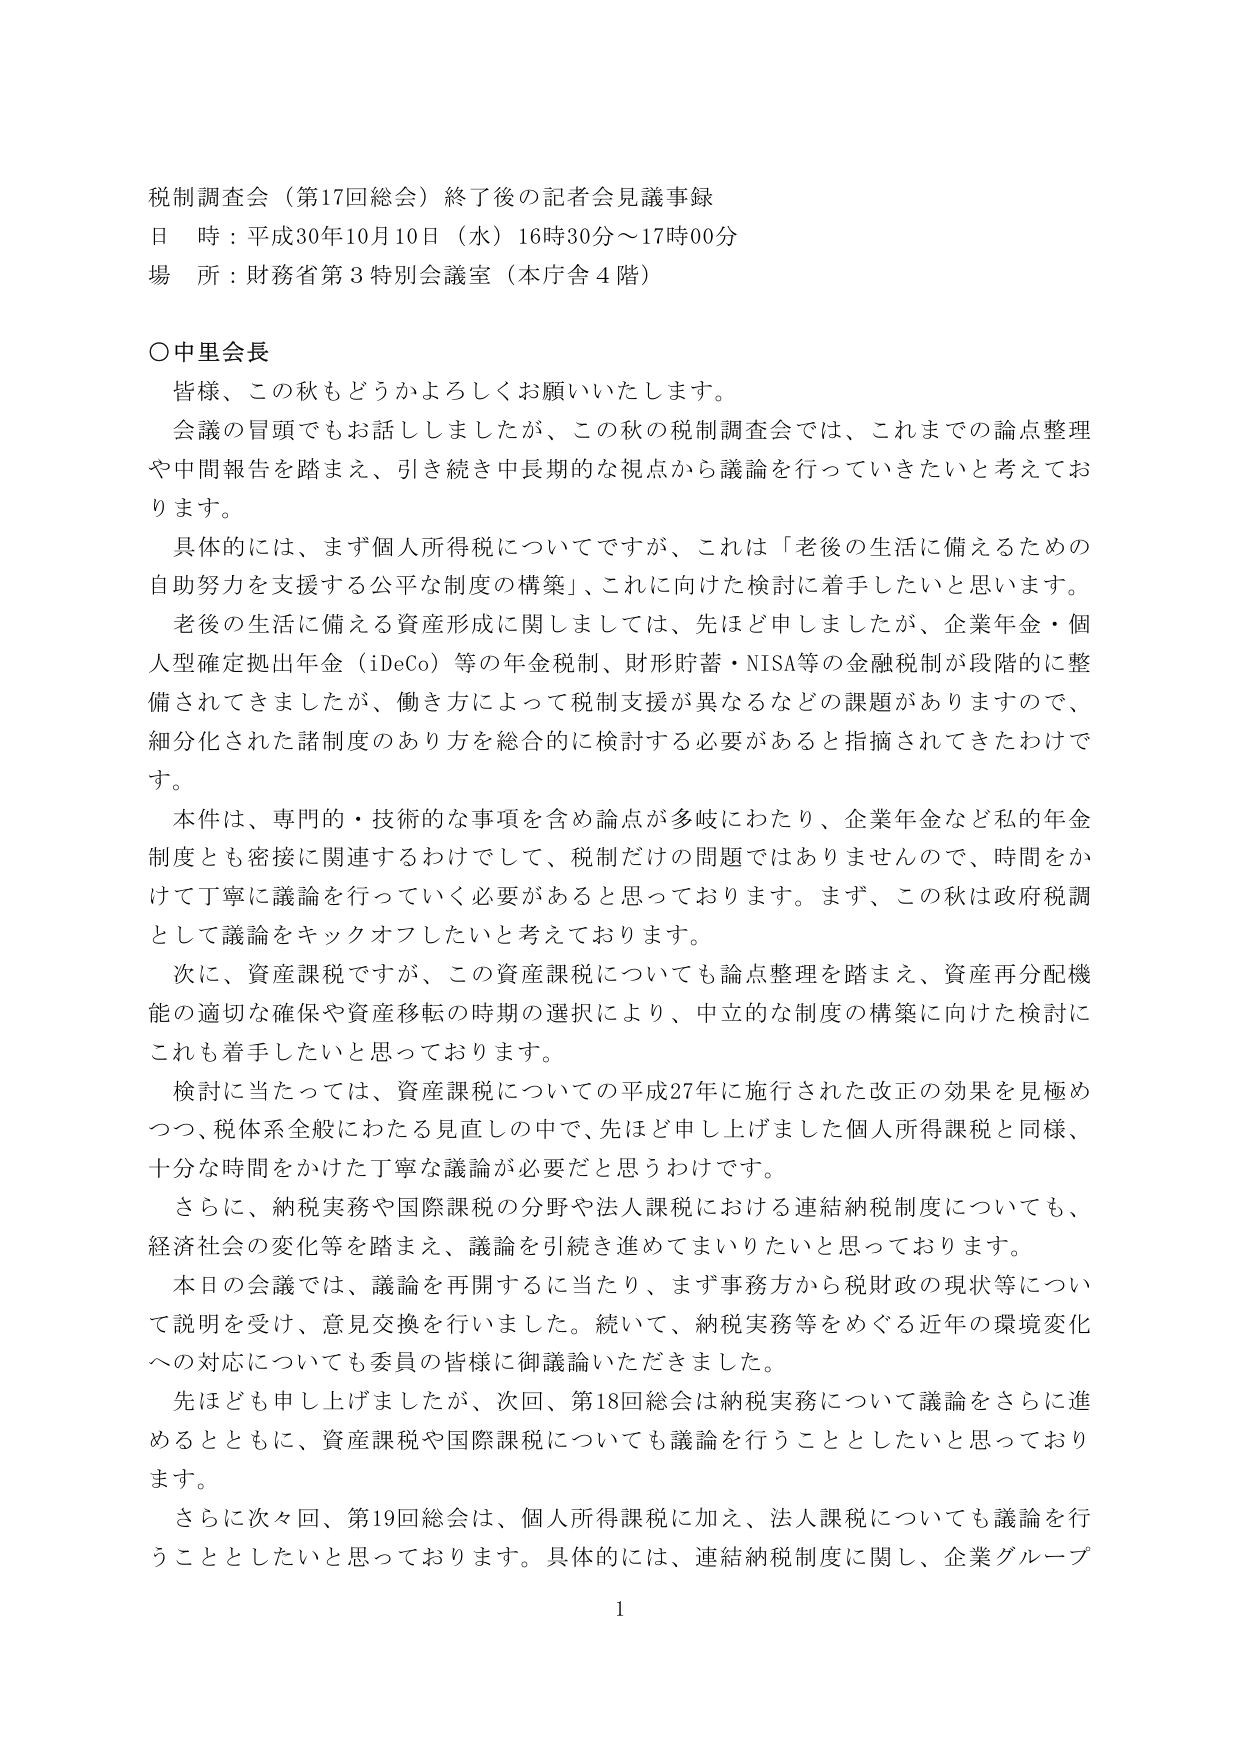
税制調査会（第17回総会）終了後の記者会見議事録
日 時：平成30年10月10日（水）16時30分～17時00分
場 所：財務省第3特別会議室（本庁舎4階）

○中里会長
皆様、この秋もどうかよろしくお願いいたします。
会議の冒頭でもお話ししましたが、この秋の税制調査会では、これまでの論点整理や中間報告を踏まえ、引き続き中長期的な視点から議論を行っていきたいと考えております。
具体的には、まず個人所得税についてですが、これは「老後の生活に備えるための自助努力を支援する公平な制度の構築」、これに向けた検討に着手したいと思います。
老後の生活に備える資産形成に関しましては、先ほど申しましたが、企業年金・個人型確定拠出年金（iDeCo）等の年金税制、財形貯蓄・NISA等の金融税制が段階的に整備されてきましたが、働き方によって税制支援が異なるなどの課題がありますので、細分化された諸制度のあり方を総合的に検討する必要があると指摘されてきたわけです。
本件は、専門的・技術的な事項を含め論点が多岐にわたり、企業年金など私的年金制度とも密接に関連するわけですので、税制だけの問題ではありませんので、時間をかけて丁寧に議論を行っていく必要があると思っております。まず、この秋は政府税調として議論をキックオフしたいと考えております。
次に、資産課税ですが、この資産課税についても論点整理を踏まえ、資産再分配機能の適切な確保や資産移転の時期の選択により、中立的な制度の構築に向けた検討にこれも着手したいと思っております。
検討に当たっては、資産課税についての平成27年に施行された改正の効果を見極めつつ、税体系全般にわたる見直しの中で、先ほど申し上げました個人所得税と同様、十分な時間をかけた丁寧な議論が必要だと思うわけです。
さらに、納税実務や国際課税の分野や法人課税における連結納税制度についても、経済社会の変化等を踏まえ、議論を引き続き進めてまいりたいと思っております。
本日の会議では、議論を再開するに当たり、まず事務方から税財政の現状等について説明を受け、意見交換を行いました。続いて、納税実務等をめぐる近年の環境変化への対応についても委員の皆様に御議論いただきました。
先ほども申し上げましたが、次回、第18回総会は納税実務について議論をさらに進めるとともに、資産課税や国際課税についても議論を行うこととしたいと思っております。
さらに次々回、第19回総会は、個人所得課税に加え、法人課税についても議論を行うこととしたいと思っております。具体的には、連結納税制度に関し、企業グループ

1